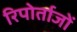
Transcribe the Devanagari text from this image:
रिपोर्ताजों